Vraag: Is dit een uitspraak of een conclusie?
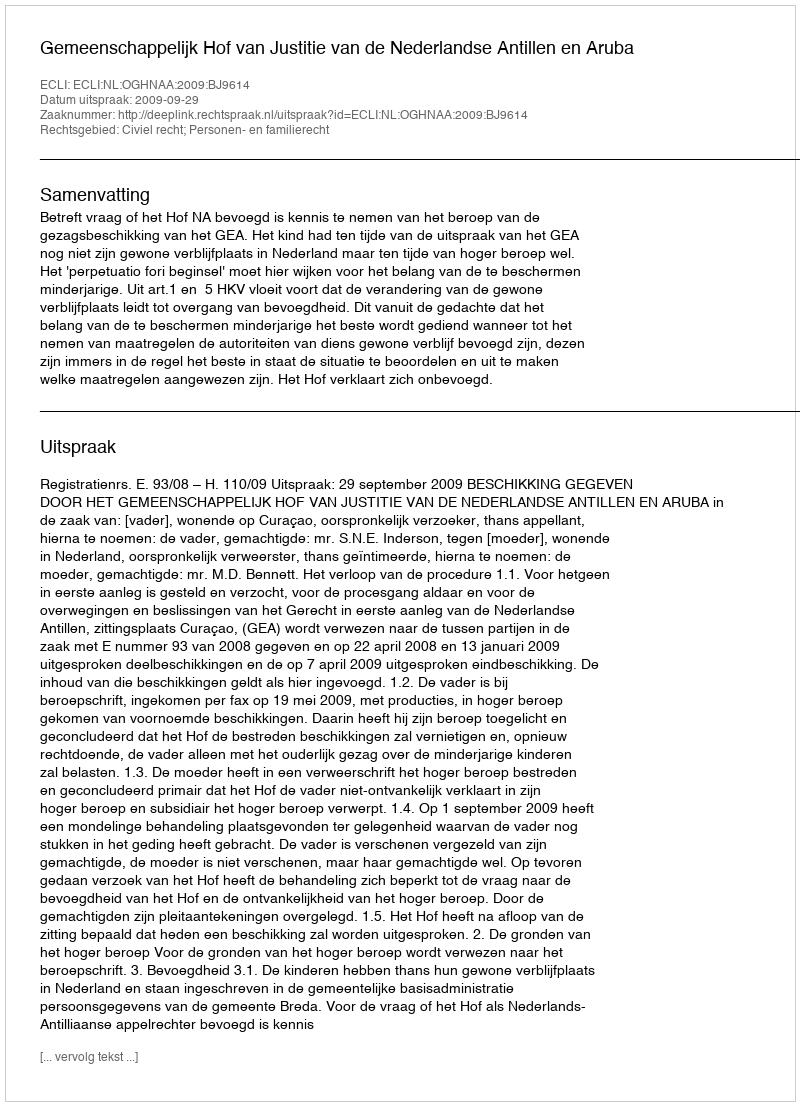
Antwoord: Uitspraak